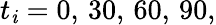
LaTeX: t_{\mathit{i}}=0,\, 30,\, 60,\, 90,